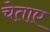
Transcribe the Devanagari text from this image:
चेताए